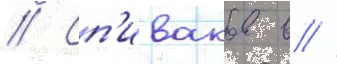
// Сп'иваков в //